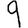
Digit: 9